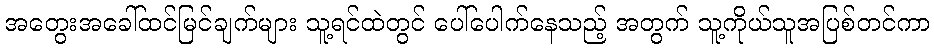
အတွေးအခေါ်ထင်မြင်ချက်များ သူ့ရင်ထဲတွင် ပေါ်ပေါက်နေသည့် အတွက် သူ့ကိုယ်သူအပြစ်တင်ကာ